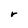
Character: r